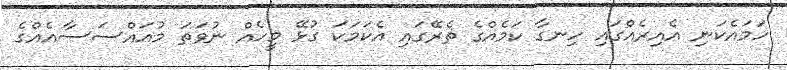
ހަމައެކަނި އެއިރެއްގައި ހިނގާ ކަމެއްގެ ތެރޭގައި އެކަމަކަ ގުޅޭ މީހެއް ނުވަތަ މުއައްސަސާއެއްގެ